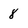
Character: 8